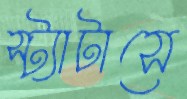
স্ট্যাটাসে